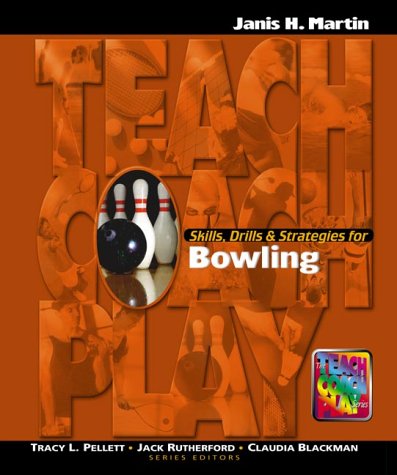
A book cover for Skills, Drills & Strategies for Bowling (Teach, Coach, Play Series); Janis H. Martin; Sports & Outdoors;